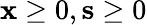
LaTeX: \mathbf{x}\geq 0,\mathbf{s}\geq 0